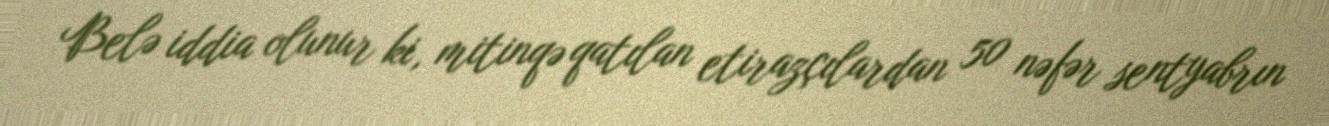
Belə iddia olunur ki, mitinqə qatılan etirazçılardan 50 nəfər sentyabrın